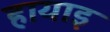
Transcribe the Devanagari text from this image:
हायाइ